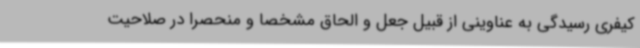
کیفری رسیدگی به عناوینی از قبیل جعل و الحاق مشخصاً و منحصراً در صلاحیت